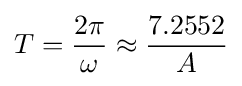
T={\frac {2\pi }{\omega }}\approx {\frac {7.2552}{A}}